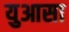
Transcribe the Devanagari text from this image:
युआसा